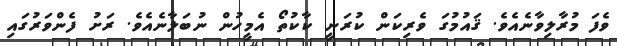
ވެފަ މުރާލިވާނެއެވެ. ޤައުމުގަ ވެރިކަން ކުރަނީ ކާކުތޯ އެމީހުން ނުބަލާނެއެވެ. ރަށު ފެންވަރުގައި